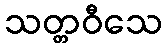
သတ္တဝီသေ